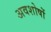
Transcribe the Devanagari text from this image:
अवशोषों